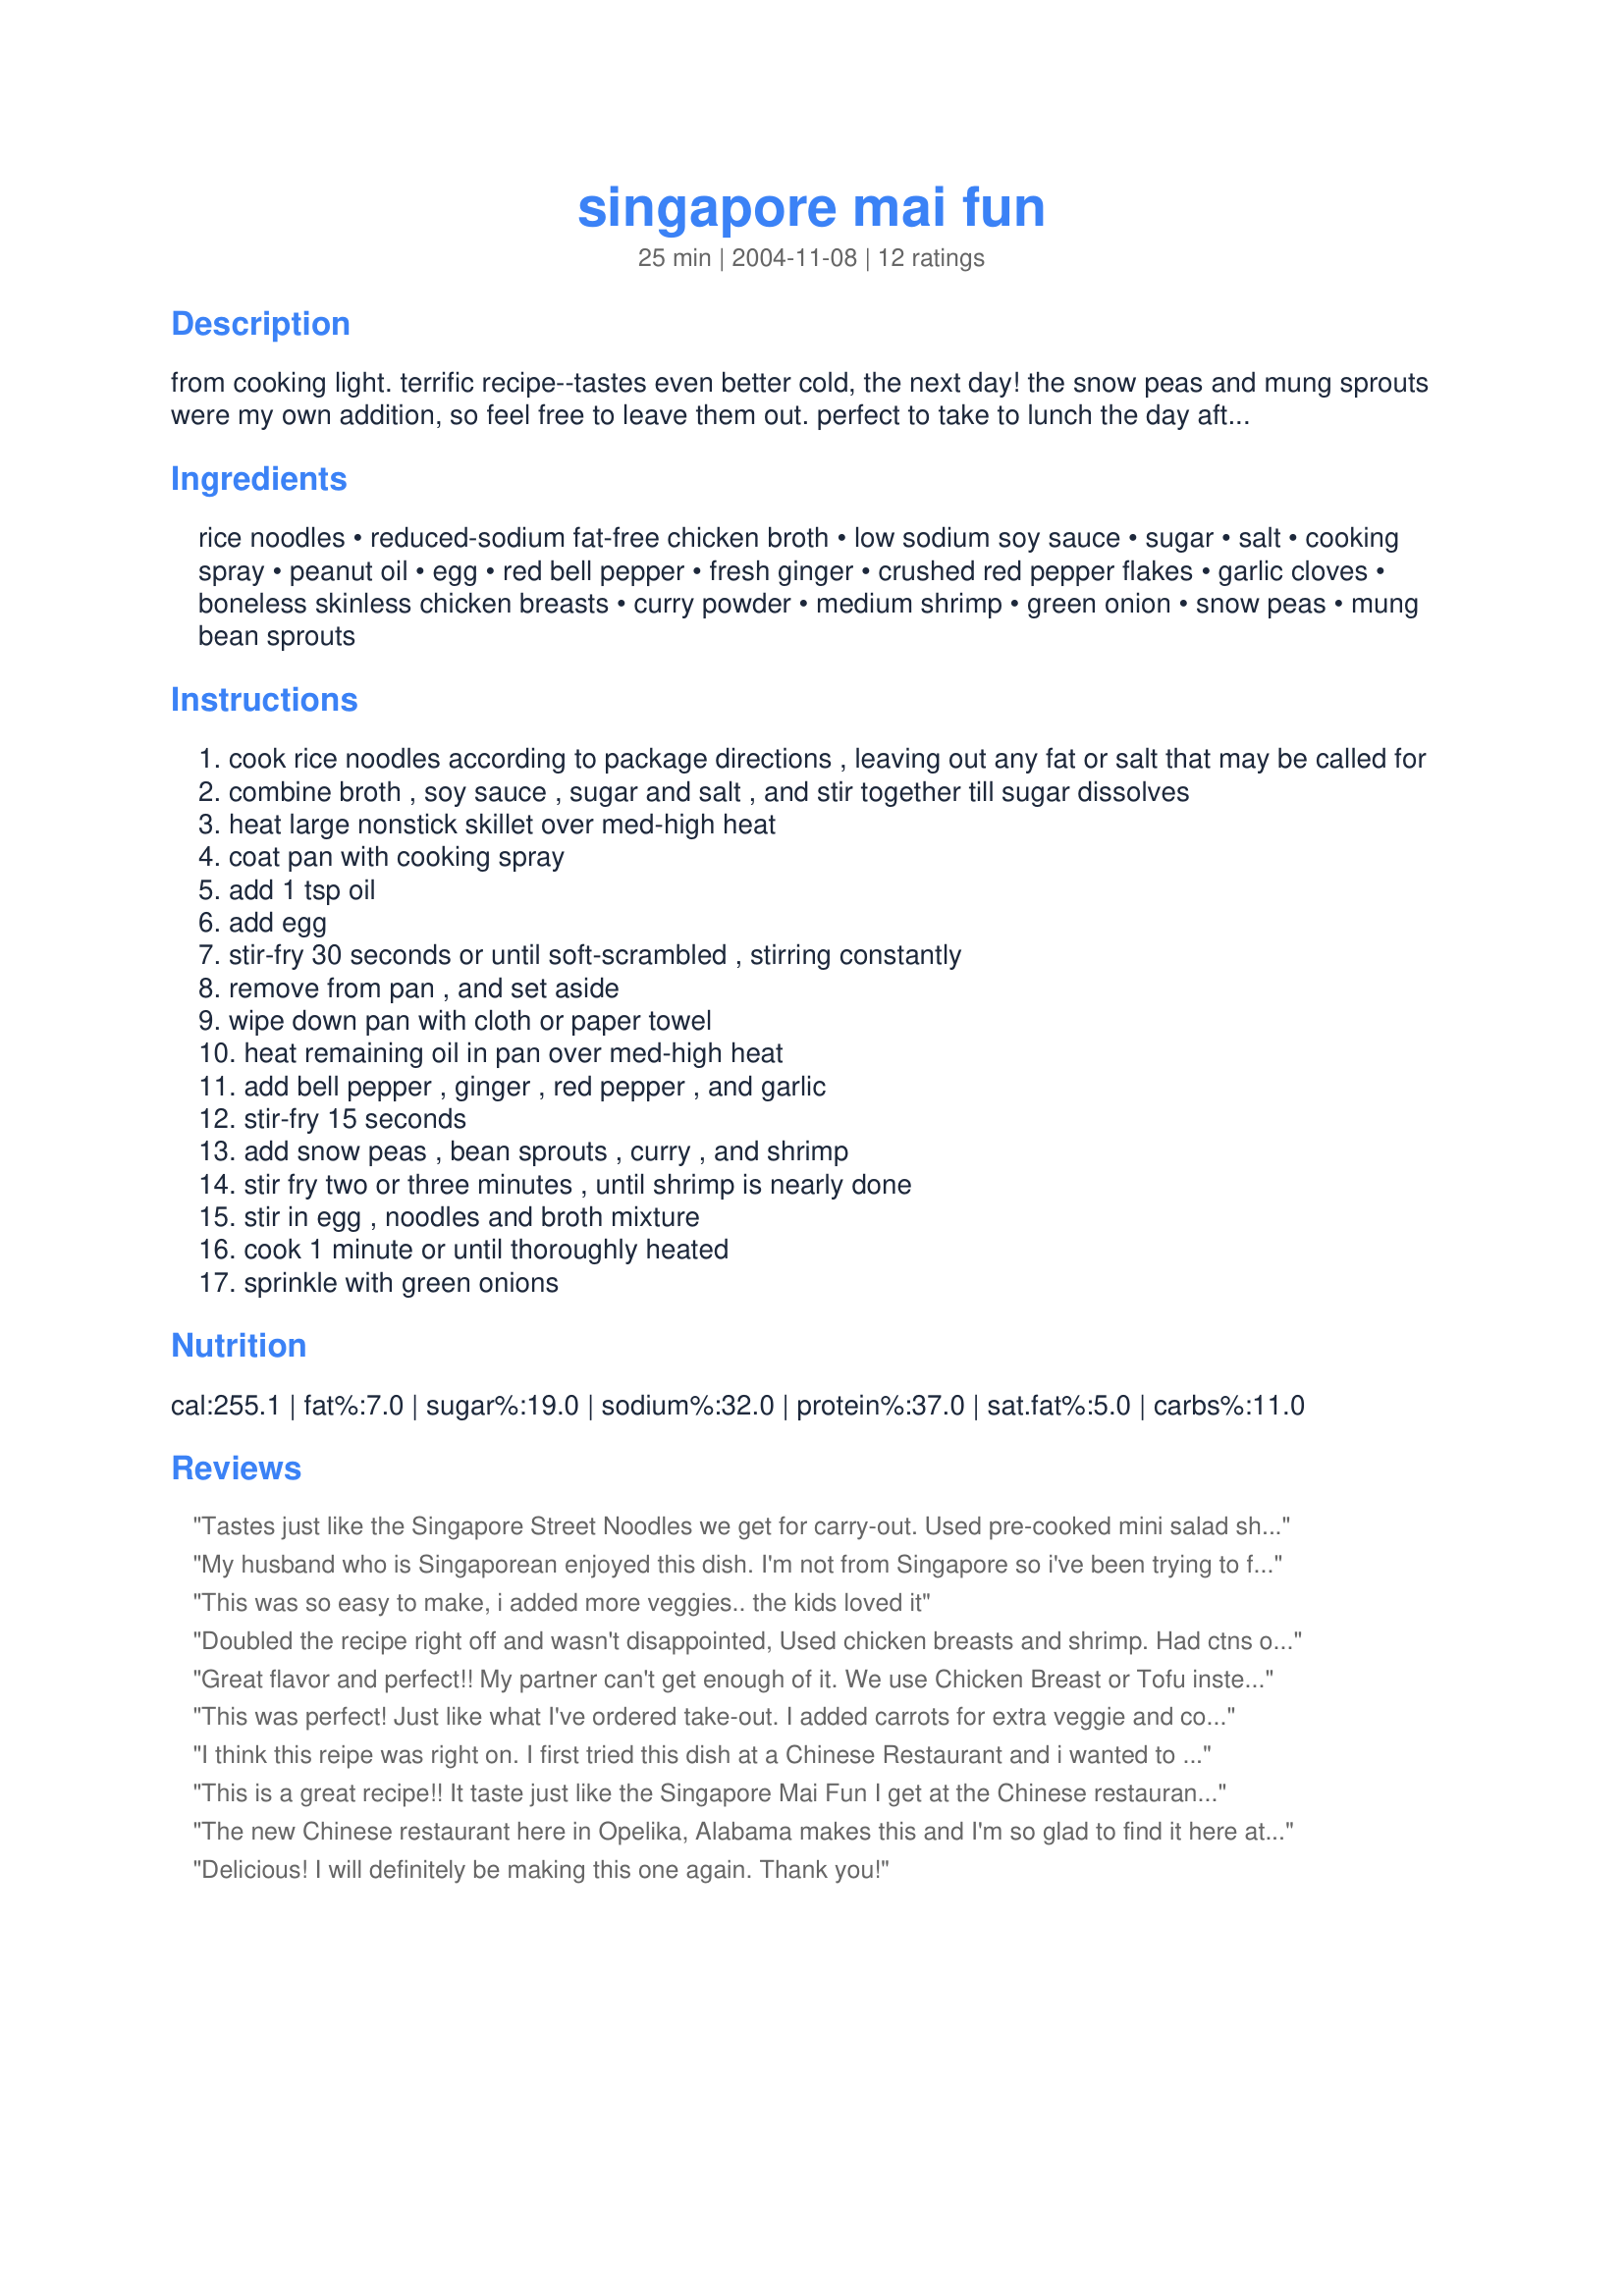
singapore mai fun
Preparation time: 25 minutes

from cooking light. terrific recipe--tastes even better cold, the next day! the snow peas and mung sprouts were my own addition, so feel free to leave them out. perfect to take to lunch the day after serving for dinner!

Ingredients:
rice noodles, reduced-sodium fat-free chicken broth, low sodium soy sauce, sugar, salt, cooking spray, peanut oil, egg, red bell pepper, fresh ginger, crushed red pepper flakes, garlic cloves, boneless skinless chicken breasts, curry powder, medium shrimp, green onion, snow peas, mung bean sprouts

Steps:
cook rice noodles according to package directions , leaving out any fat or salt that may be called for
combine broth , soy sauce , sugar and salt , and stir together till sugar dissolves
heat large nonstick skillet over med-high heat
coat pan with cooking spray
add 1 tsp oil
add egg
stir-fry 30 seconds or until soft-scrambled , stirring constantly
remove from pan , and set aside
wipe down pan with cloth or paper towel
heat remaining oil in pan over med-high heat
add bell pepper , ginger , red pepper , and garlic
stir-fry 15 seconds
add snow peas , bean sprouts , curry , and shrimp
stir fry two or three minutes , until shrimp is nearly done
stir in egg , noodles and broth mixture
cook 1 minute or until thoroughly heated
sprinkle with green onions

Reviews:
Tastes just like the Singapore Street Noodles we get for carry-out. Used pre-cooked mini salad shrimp (on sale). It does not specify when to cook the chicken, so I cooked it alone after the egg but before the veggies, and just set it aside until the end when I stirred it back in. I also added some baby bok choy to this to give some extra crunch & color. The bok choy worked well in this dish. Thanks for the great recipe!
My husband who is Singaporean enjoyed this dish. I'm not from Singapore so i've been trying to find some recipes to remind him of home. I omited the bell pepper, added shitakes and bamboo shoots. Very healthy dish and very easy. took me about 1/2 hour.
This was so easy to make, i added more veggies.. the kids loved it
Doubled the recipe right off and wasn't disappointed, Used chicken breasts and shrimp. Had ctns of sprouts in the fridge so used some alfafa, radish, broccoli and bean sprouts in lieu of the mung bean. No snow peas on hand. Took me couple of hours or 2 cd's later to complete.
Great flavor and perfect!! My partner can't get enough of it. We use Chicken Breast or Tofu instead of shrimp but otherwise its absolutely perfect!!
This was perfect! Just like what I've ordered take-out. I added carrots for extra veggie and color appeal. Thanks for the great recipe!
I think this reipe was right on. I first tried this dish at a Chinese Restaurant and i wanted to re-create it. For the meat i used left over boneless spare ribs. This added the perfect sweetness and color that was needed. I also didn't have curry powder so i used instant Japanese curry. It worked great.
This is a great recipe!! It taste just like the Singapore Mai Fun I get at the Chinese restaurant by my house. Now I can make it at home healthier, and cheaper then what I get it there!!
The new Chinese restaurant here in Opelika, Alabama makes this and I'm so glad to find it here at zaar! Wonderful curry taste and so easy to adjust to your liking. Used shitakes along with the other veggies. Lovely dish and now I can make it at home!
Delicious! I will definitely be making this one again. Thank you!
We enjoyed this recipe. I lefted out the mung bean spouts and egg. DH told me to add more shrimp next time but other than that we enjoyed the dish.It has a nice flavor. I will probably not use as much rice noodles next time either,we're more vegs and meat people. Thanks for sharing your recipe!
Yum!
